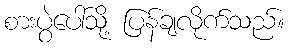
စားပွဲပေါ်သို့ ပြန်ချလိုက်သည်။